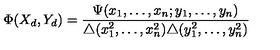
\Phi ( X _ { d } , Y _ { d } ) = \frac { \Psi ( x _ { 1 } , \ldots , x _ { n } ; y _ { 1 } , \ldots , y _ { n } ) } { \triangle ( x _ { 1 } ^ { 2 } , \ldots , x _ { n } ^ { 2 } ) \triangle ( y _ { 1 } ^ { 2 } , \ldots , y _ { n } ^ { 2 } ) }